Annual administration report of the Civil Veterinary Department of India - 1896-1897
Year: 1896
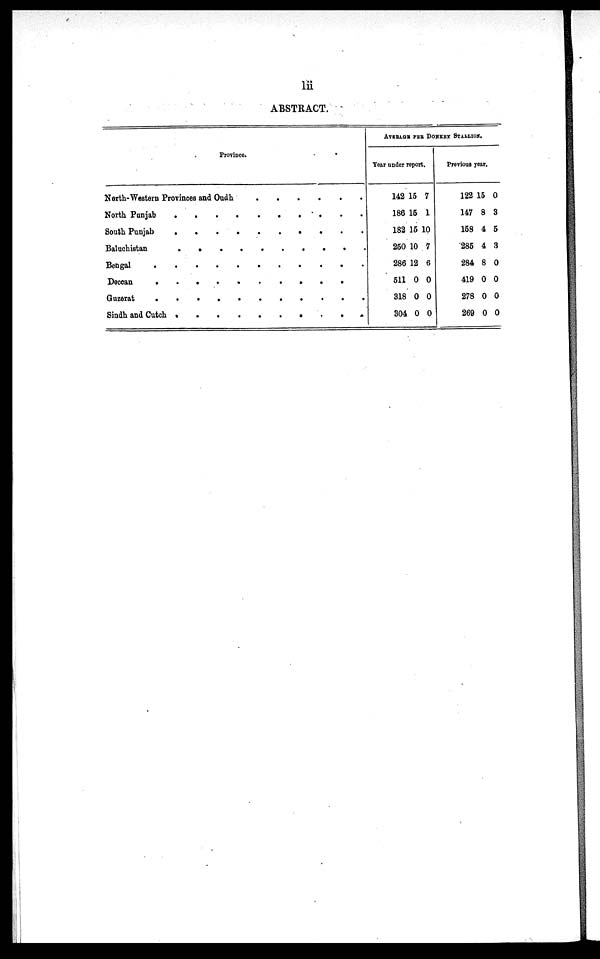
lii
ABSTRACT.
Province.
North-Western Provinces and Oudh . . . . . .
North Punjab . . . . .
South Punjab . . . . .
Baluchistan . . . . .
Bengal . . . . . .
Deccan . . . . . .
Guzerat . . . . . .
Sindh and Cutch . . . . .
AVERAGE PER DONKEY STALLION.
Year under report.
142 15 7
186 15 1
182 15 10
250 10 7
286 12 6
511 0 0
318 0 0
304 0 0
Previous year.
122 15 0
147 8 3
158 4 5
285 4 3
284 8 0
419 0 0
278 0 0
269 0 0